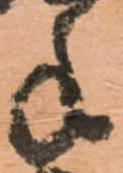
手